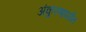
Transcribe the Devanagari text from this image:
अंकुरणापर्यंत